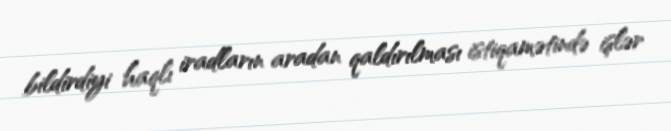
bildirdiyi haqlı iradların aradan qaldırılması istiqamətində işlər